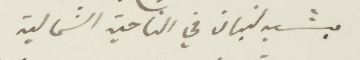
يشبه لبنان في الناحية الشمالية